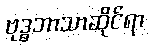
ဗုဒ္ဓဘာသာဆိုင်ရာ